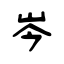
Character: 岑